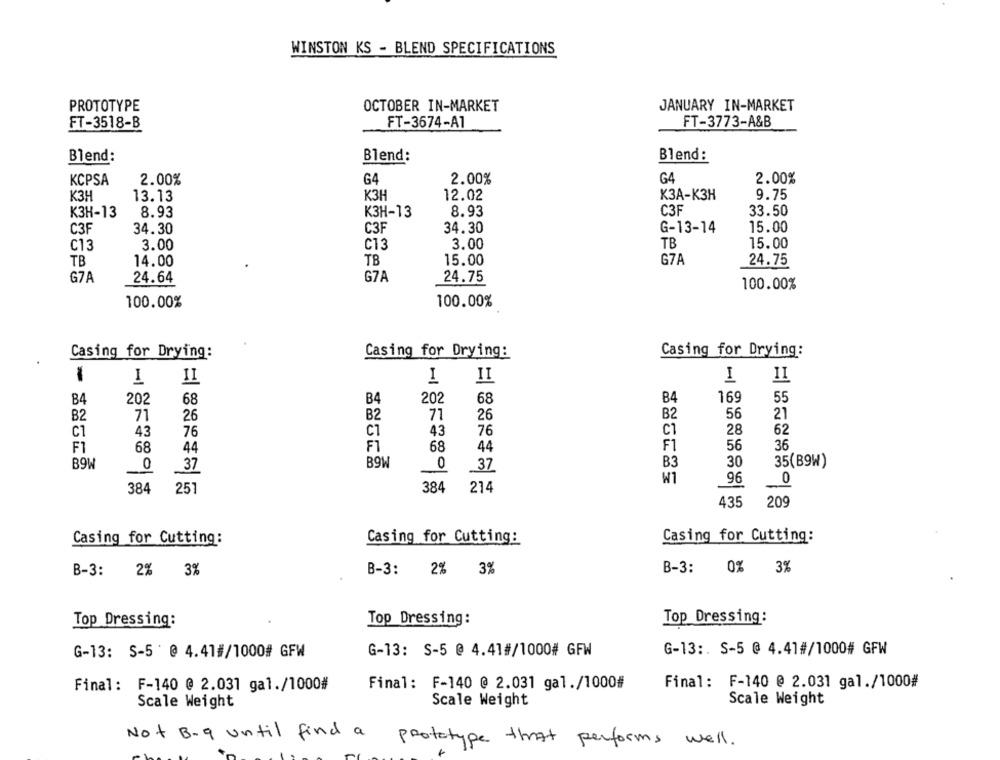
WINSTON KS - BLEND SPECIFICATIONS
OCTOBER IN-MARKET
JANUARY IN-MARKET
PROTOTYPE
FT-3518-B
FT-3674-A1
FT-3773-A&B
Blend:
Blend:
Blend:
KCPSA
2.00%
G4
2.00%
G4
2.00%
K3H
13.13
K3H
12.02
КЗА-КЗН
9.75
К3H-13
8.93
К3H-13
8.93
C3F
33.50
C3F
C3F
34.30
G-13-14
15.00
34.30
15.00
C13
3.00
C13
3.00
TB
GZA
TB
14.00
TB
15.00
24.75
G7A
24.64
GZA
24.75
100.00%
100.00%
100.00%
Casing for Drying:
Casing for Drying:
Casing for Drying:
1
II
I
II
I
II
84
202
68
B4
202
68
B4
169
55
B2
71
26
B2
71
26
B2
56
21
CT
43
C1
43
76
C1
28
62
76
F1
68
F1
68
44
FI
56
36
44
B9W
B9W
0
B3
30
35(B9W)
0
37
37
W1
96
384
251
384
214
435
209
Casing for Cutting:
Casing for Cutting:
Casing for Cutting:
B-3: 0% 3%
B-3:
2% 3%
B-3: 2% 3%
Top Dressing:
Top Dressing:
Top Dressing:
G-13: S-5 ' @ 4.41#/1000# GFW
G-13: S-5 @ 4.41#/1000# GFW
G-13 :. S-5 @ 4.41#/1000# GFW
Final: F-140 @ 2.031 gal./1000#
Final: F-140 @ 2.031 gal./1000#
Final: F-140 @ 2.031 gal./1000#
Scale Weight
Scale Weight
Scale Weight
Not B.q until find a prototype that performs well.